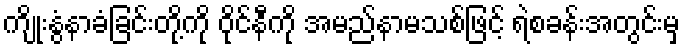
ကျိုးနွံနာခံခြင်းတို့ကို ဝိုင်နီကို အမည်နာမသစ်ဖြင့် ရဲစခန်းအတွင်းမှ